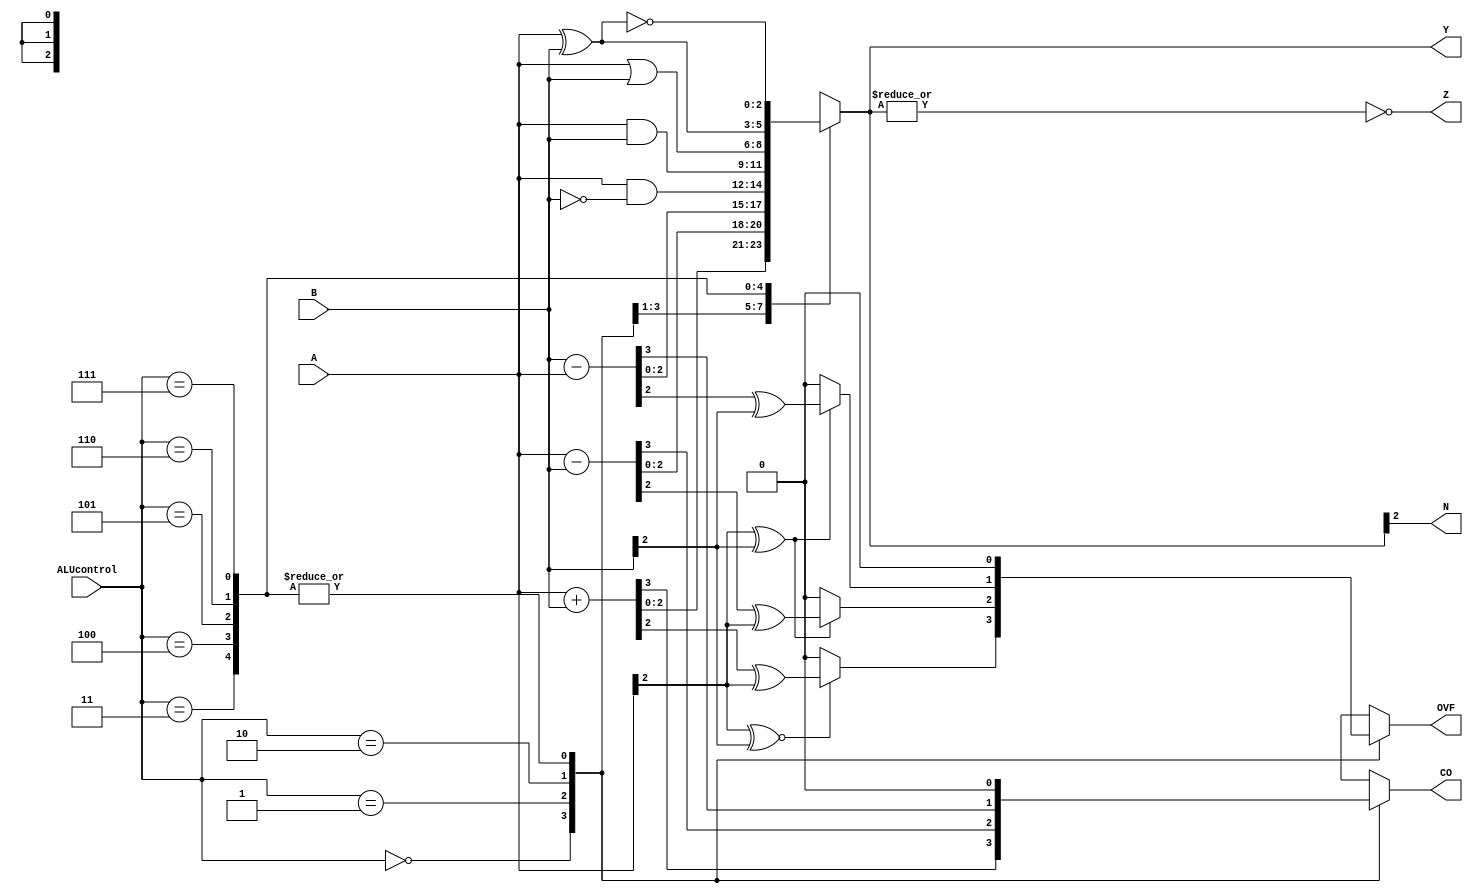
module ALU #(parameter W=3) (ALUcontrol,A,B,Y,N,Z,CO,OVF);
//negative and zero bits are affected by ALU op
//CO and OVF are affected by arithmetics
input [2:0] ALUcontrol;
input [W-1:0] A,B;
output reg [W-1:0] Y; //output
output reg CO,OVF,N,Z; //cpsr
wire [W-1:0] Bcomp=~B; //bitwise not
wire [W-1:0] Acomp=~A; //bitwise not
reg E;
always @(*)
begin
	case(ALUcontrol)
	3'b000: //add
	begin
		//update the overflow bit according to the signs
				{CO, Y} = A + B;
					if (A[W-1] ~^ B[W-1]) //if the signs are the same
						OVF = Y[W-1] ^ A[W-1];
					else
						OVF = 0;	
						
		/*if(A[W-1]^B[W-1]==1)
			begin
				{E,Y[W-2:0]}=A[W-2:0]+Bcomp[W-2:0]+1;
				OVF=0;
				if(E==0)
					begin
					Y[W-2:0]=~Y[W-2:0];
					Y[W-2:0]=Y[W-2:0]+1;
					Y[W-1]=~Y[W-1];
					end
				else if(E==1)
					begin
						if(Y[W-2:0]==0)
						begin
							Y[W-1]=0;
						end
					end
			end
			
		else if(A[W-1]^B[W-1]==0)
			begin
			   {E,Y[W-2:0]}=A[W-2:0]+B[W-2:0];
				Y[W-1]=A[W-1];
				OVF=E;
			end*/
	end
	3'b001: //subt a-b
	begin
//update the overflow bit according to the signs
					{CO, Y} = A - B;
					if ((A[W-1] ^ B[W-1]))
						OVF = Y[W-1] ^ A[W-1];
					else
						OVF = 0;
	end
	3'b010: 
	begin   //subt b-a
	//update the overflow bit according to the signs
	
				{CO, Y} = B - A;
					if ((A[W-1] ^ B[W-1]))
						OVF = Y[W-1] ^ B[W-1];
					else
						OVF = 0;
	end
	3'b011:	
	begin
			Y=A&Bcomp; //bit clear	
			CO=0;
			OVF=0;
	end
	3'b100:  
	begin
			Y=A&B;   //and
			CO=0;
			OVF=0;
	end

	3'b101:  
	begin
			Y=A|B;   //or
			CO=0;
			OVF=0;
	end

	3'b110:	
	begin
			Y=A^B;   //exor
			CO=0;
			OVF=0;
	end

	3'b111:  
	begin
			Y=~(A^B);//exnor
			CO=0;
			OVF=0;
	end
	endcase
end


always @(*)
begin
		N = Y[W-1];
		Z = ~|Y;
end

endmodule